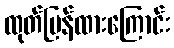
ထုတ်ပြန်ထားကြောင်း